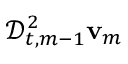
\mathscr { D } _ { t , m - 1 } ^ { 2 } \ensuremath { \mathbf { v } } _ { m }